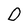
Character: D